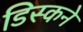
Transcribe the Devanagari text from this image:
डिस्कने